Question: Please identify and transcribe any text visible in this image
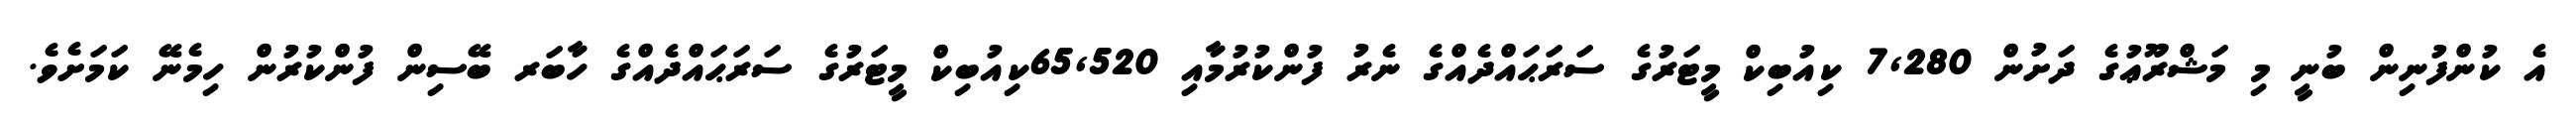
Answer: އެ ކުންފުނިން ބުނީ މި މަޝްރޫޢުގެ ދަށުން 7,280 ކިއުބިކް މީޓަރުގެ ސަރަޙައްދެއްގެ ނެރު ފުންކުރުމާއި 65,520ކިއުބިކް މީޓަރުގެ ސަރަޙައްދެއްގެ ހާބަރ ބޭސިން ފުންކުރުން ހިމެނޭ ކަމަށެވެ.